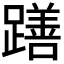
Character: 𮜖